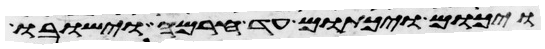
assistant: ויכום ויכתום עד חרמה וישבו